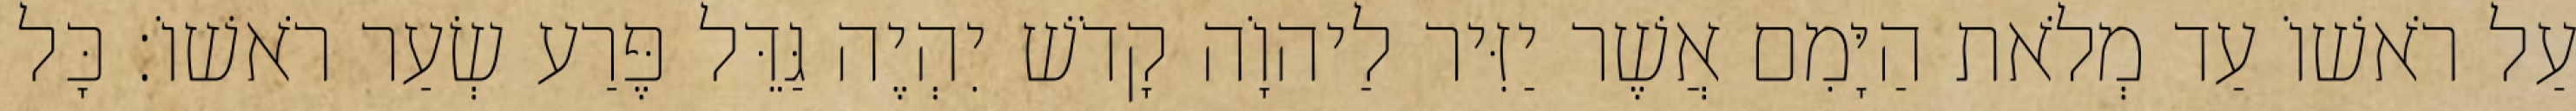
עַל רֹאשׁוֹ עַד מְלֹאת הַיָּמִם אֲשֶׁר יַזִּיר לַיהוָֹה קָדֹשׁ יִהְיֶה גַּדֵּל פֶּרַע שְׂעַר רֹאשׁוֹ׃ כָּל